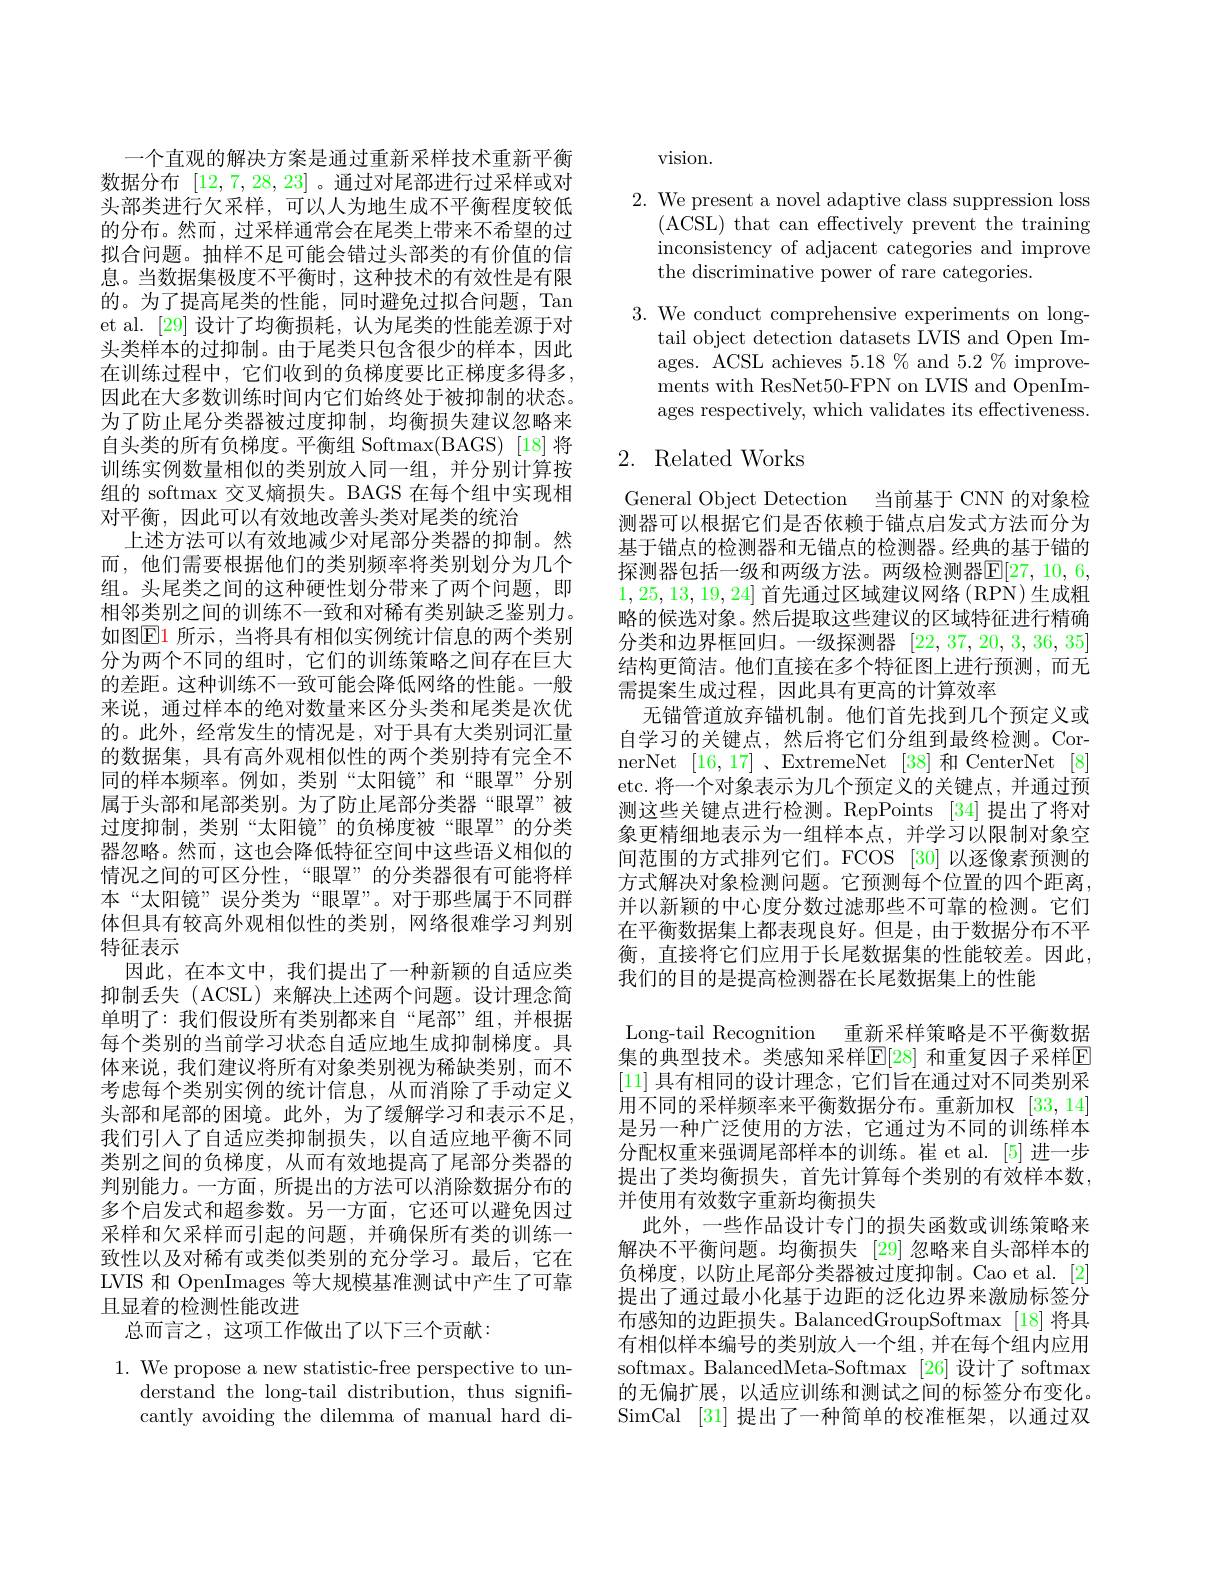
一个直观的解决方案是通过重新采样技术重新平衡数据分布[12,7,28,23] 。通过对尾部进行过采样或对头部类进行欠采样，可以人为地生成不平衡程度较低的分布。然而，过采样通常会在尾类上带来不希望的过拟合问题。抽样不足可能会错过头部类的有价值的信息。当数据集极度不平衡时，这种技术的有效性是有限的。为了提高尾类的性能，同时避免过拟合问题，Tan et al. [29] 设计了均衡损耗，认为尾类的性能差源于对头类样本的过抑制。由于尾类只包含很少的样本，因此在训练过程中，它们收到的负梯度要比正梯度多得多， 因此在大多数训练时间内它们始终处于被抑制的状态。为了防止尾分类器被过度抑制，均衡损失建议忽略来自头类的所有负梯度。平衡组 Softmax(BAGS) [18] 将训练实例数量相似的类别放入同一组，并分别计算按组的 softmax 交叉熵损失。BAGS 在每个组中实现相对平衡，因此可以有效地改善头类对尾类的统治
上述方法可以有效地减少对尾部分类器的抑制。然而，他们需要根据他们的类别频率将类别划分为几个组。头尾类之间的这种硬性划分带来了两个问题，即相邻类别之间的训练不一致和对稀有类别缺乏鉴别力。如图E1 所示，当将具有相似实例统计信息的两个类别分为两个不同的组时，它们的训练策略之间存在巨大的差距。这种训练不一致可能会降低网络的性能。一般来说，通过样本的绝对数量来区分头类和尾类是次优的。此外，经常发生的情况是，对于具有大类别词汇量的数据集，具有高外观相似性的两个类别持有完全不同的样本频率。例如，类别“太阳镜”和“眼罩”分别属于头部和尾部类别。为了防止尾部分类器“眼罩”被过度抑制，类别“太阳镜”的负梯度被“眼罩”的分类器忽略。然而，这也会降低特征空间中这些语义相似的情况之间的可区分性，“眼罩”的分类器很有可能将样本“太阳镜”误分类为“眼罩”。对于那些属于不同群体但具有较高外观相似性的类别，网络很难学习判别特征表示
因此，在本文中，我们提出了一种新颖的自适应类抑制丢失 (ACSL)来解决上述两个问题。设计理念简单明了：我们假设所有类别都来自“尾部”组，并根据每个类别的当前学习状态自适应地生成抑制梯度。具体来说，我们建议将所有对象类别视为稀缺类别，而不考虑每个类别实例的统计信息，从而消除了手动定义头部和尾部的困境。此外，为了缓解学习和表示不足， 我们引人了自适应类抑制损失，以自适应地平衡不同类别之间的负梯度，从而有效地提高了尾部分类器的判别能力。一方面，所提出的方法可以消除数据分布的多个启发式和超参数。另一方面，它还可以避免因过采样和欠采样而引起的问题，并确保所有类的训练一致性以及对稀有或类似类别的充分学习。最后，它在LVIS 和 OpenImages 等大规模基准测试中产生了可靠且显着的检测性能改进
总而言之，这项工作做出了以下三个贡献：

$1.{\text{ We propose a new statistic-free perspective to un-}}$
derstand the long-tail distribution, thus significantly avoiding the dilemma of manual hard di-

vision.

2. We present a novel adaptive class suppression loss
$(\dot{\mathrm{ACSL}})$ that can effectively prevent the training inconsistency of adjacent categories and improve the discriminative power of rare categories.

3. We conduct comprehensive experiments on long-
tail object detection datasets LVIS and Open Images. ACSL achieves $5.18\%$ and $5.2\%$ improvements with ResNet50-FPN on LVIS and OpenImages respectively, which validates its effectiveness.

## 2. Related Works

General Object Detection 当前基于 CNN 的对象检测器可以根据它们是否依赖于错点启发式方法而分为基于锚点的检测器和无锚点的检测器。经典的基于锚的探测器包括一级和两级方法。两级检测器$\mathbb{E}[27,10,6$, 1,25,13,19,24]首先通过区域建议网络 (RPN)生成粗略的候选对象。然后提取这些建议的区域特征进行精确分类和边界框回归。一级探测器[22,37,20,3,36,35] 结构更简洁。他们直接在多个特征图上进行预测，而无需提案生成过程，因此具有更高的计算效率
无锚管道放弃锚机制。他们首先找到几个预定义或自学习的关键点，然后将它们分组到最终检测。CornerNet [16,17] 、ExtremeNet [38]和 CenterNet[8] etc. 将一个对象表示为几个预定义的关键点，并通过预测这些关键点进行检测。RepPoints [34]提出了将对象更精细地表示为一组样本点，并学习以限制对象空间范围的方式排列它们。FCOS [30] 以逐像素预测的方式解决对象检测问题。它预测每个位置的四个距离， 并以新颖的中心度分数过滤那些不可靠的检测。它们在平衡数据集上都表现良好。但是，由于数据分布不平衡，直接将它们应用于长尾数据集的性能较差。因此， 我们的目的是提高检测器在长尾数据集上的性能
Long-tail Recognition 重新采样策略是不平衡数据集的典型技术。类感知采样$\mathbb{E}[28]$ 和重复因子采样E [11]具有相同的设计理念，它们旨在通过对不同类别采用不同的采样频率来平衡数据分布。重新加权[33,14] 是另一种广泛使用的方法，它通过为不同的训练样本分配权重来强调尾部样本的训练。崔 et al.[5] 进一步提出了类均衡损失，首先计算每个类别的有效样本数， 并使用有效数字重新均衡损失
此外，一些作品设计专门的损失函数或训练策略来解决不平衡问题。均衡损失 [29] 忽略来自头部样本的负梯度，以防止尾部分类器被过度抑制。Cao et al.[2] 提出了通过最小化基于边距的泛化边界来激励标签分布感知的边距损失。BalancedGroupSoftmax [18]将具有相似样本编号的类别放人一个组，并在每个组内应用softmax。BalancedMeta-Softmax [26]设计了 softmax 的无偏扩展，以适应训练和测试之间的标签分布变化。SimCal [31]提出了一种简单的校准框架，以通过双